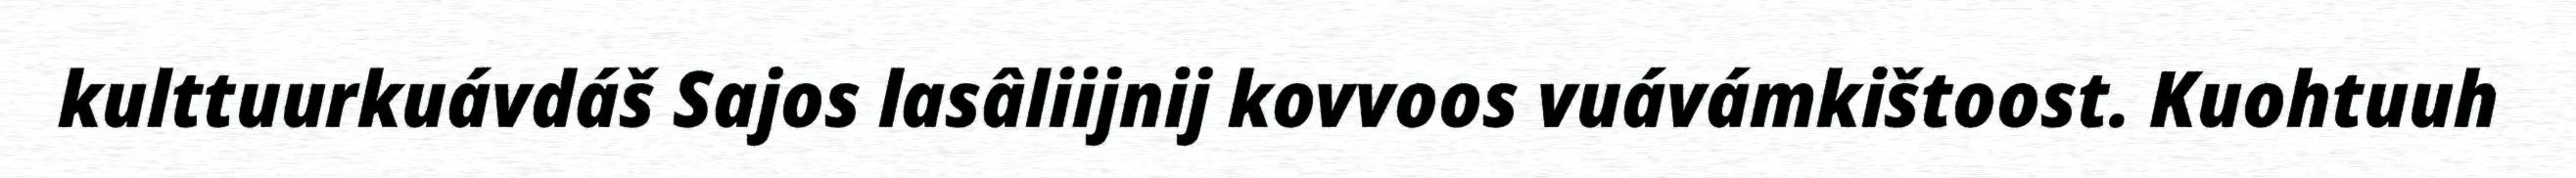
kulttuurkuávdáš Sajos lasâliijnij kovvoos vuávámkištoost. Kuohtuuh